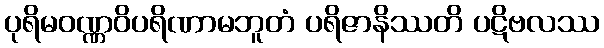
ပုရိမဝဏ္ဏဝိပရိဏာမဘူတံ ပရိဇာနိဿတိ ပဋိဗလဿ